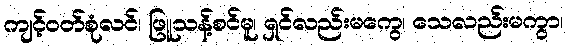
ကျင့်ဝတ်စုံလင်၊ ဖြူသန့်စင်မူ၊ ရှင်လည်းမကွေ၊ သေလည်းမကွာ၊